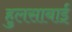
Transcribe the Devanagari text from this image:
हुलसाबाई